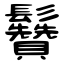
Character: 䰖